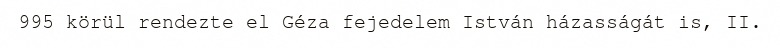
995 körül rendezte el Géza fejedelem István házasságát is, II.